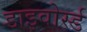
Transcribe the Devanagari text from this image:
डाइवोर्स्ड